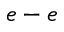
e - e